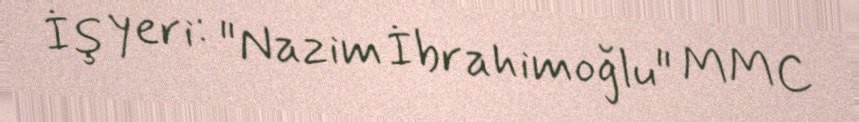
İş yeri: "Nazim İbrahimoğlu" MMC